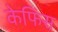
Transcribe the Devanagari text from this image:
केफिंस